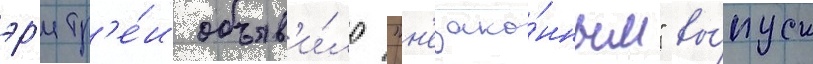
эр'итр'е́и объяв'и́ло "н'езако́нным" вы́пуск